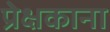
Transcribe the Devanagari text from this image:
प्रेक्षकाना